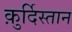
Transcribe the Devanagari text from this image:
क़ुर्दिस्तान